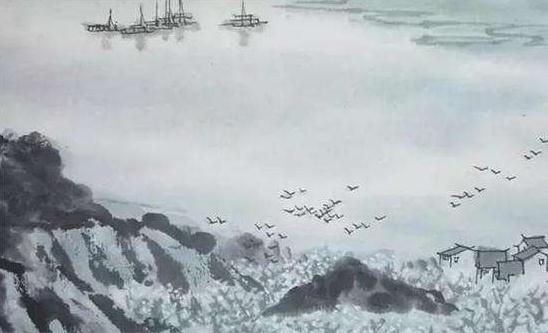
万事一身伤老矣，戎葵凝笑墙东。